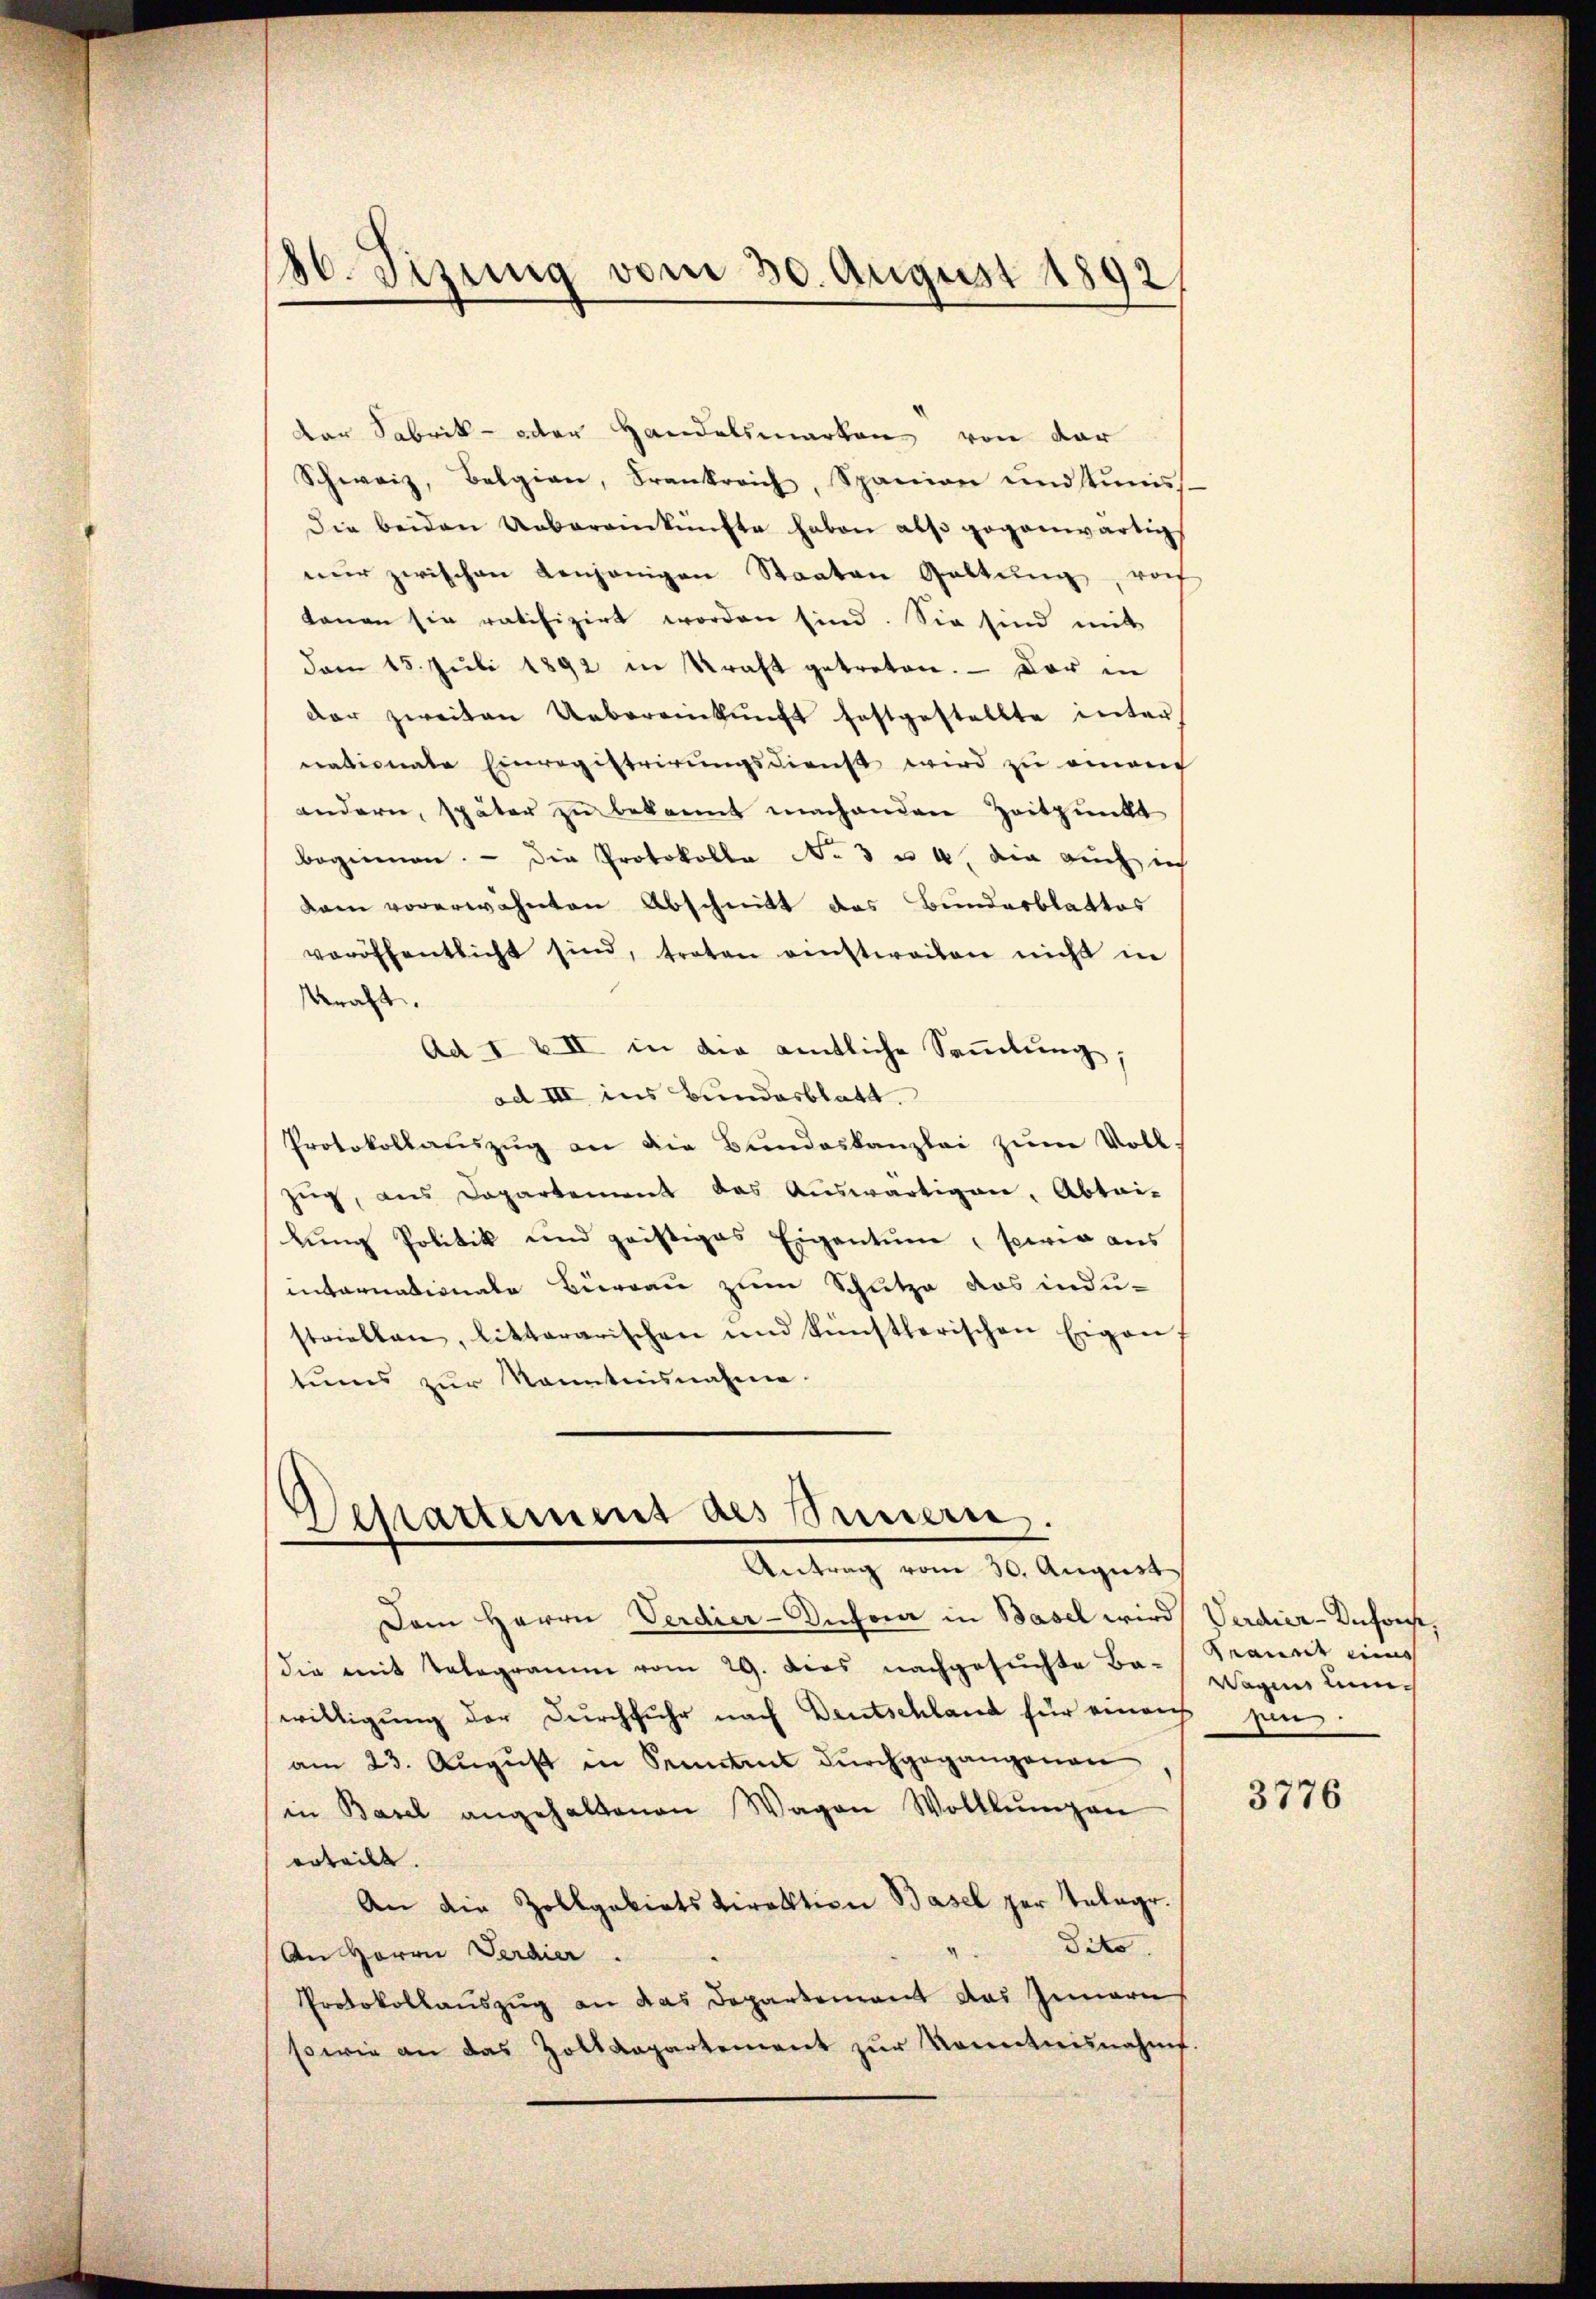
180. Sizung vom 30. August 1892/

der Fabrik- oder Handelsmarken von der
Schweiz, Belgian, Frankreich, Spanien und stins
Die beiden Uebereinkünfte haben als gegenwärtig
nŭr zwischen denjenigen Staaten Gattung, roch
kanen sie ratifizirt worden sind. Sie sind mit
dam 15. Jŭli 1892 in Kraft getreten. — Der in
der zweiten Uebereinkŭnft festgestellte inter
nationale Einregistrirŭngsdienst wird zu ornach
andern, später zu bekannt machenden Zeitpunkt
beginnen. - Die Protokolle No 3 u 4. die auch ich
kam vorerwähnten Abschnitt das Bundesblattes
veröffentlicht sind, treten einstweilen nicht in
kraft.
Ad I & II in die amtliche Sammlung,
ad III ins Bundesblatt.
Protokollaŭszŭg an die Bundeskanzlei zum Voll-
zug, aus Departement das Auswärtigen, Abtai-
lung Politik und geistiges Eigentum sowie aus
internationale Büreau zum Schutze das indu-
striellen, litterarischen und künstlerischen Eigen
tums zur Kenntnisnahme.

Bestartement als Peuern,
Antrag vom 30. August

Dem Herrn Verdier-Infora in Basel wird Verdier-Infort,
die mit Telegramm vom 29. Dies nachgesuchte Ba-Prannt ein
willigung der Durchfuhr nach Deutschland für einer jun
am 23. August in Kenntens durchgegangenen
in Basel angehaltenen Wagen Wolllŭngen
erteilt.
An die Zollgebietsdirektion Basel zur Telege.
dito.
An Herrn Verdier.
Protokollauszug an das Departement das Innern
sowie an das Zolldepartement zŭr Kenntnisnahmt.

Wagens Lun¬

3776